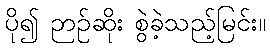
ပို၍ ဉာဉ်ဆိုး စွဲခဲ့သည့်မြင်း။